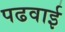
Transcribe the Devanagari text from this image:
पढवाई